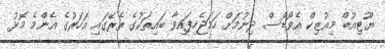
ޔޫޓިއުބް މިއުޒިކް އެވޯޑްސް ދިނުމަށް ހަމަޖެހިފައިވާ ބައިތަކުގެ ތެރޭގައި އަހަރުގެ އެންމެ މޮޅު